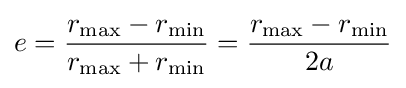
e={\frac {r_{\text{max}}-r_{\text{min}}}{r_{\text{max}}+r_{\text{min}}}}={\frac {r_{\text{max}}-r_{\text{min}}}{2a}}